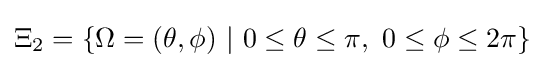
\Xi _{2}=\{\Omega =(\theta ,\phi )\ |\ 0\leq \theta \leq \pi ,\ 0\leq \phi \leq 2\pi \}